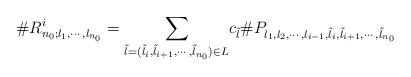
LaTeX: \begin{align*} \#R^i_{n_0;l_1,\cdots,l_{n_0}}=\underset{\tilde{l}=(\tilde{l}_{i},\tilde{l}_{i+1},\cdots,\tilde{l}_{n_0})\in L}{\sum} c_{\tilde{l}}\#P_{l_1,l_2,\cdots,l_{i-1},\tilde{l}_i,\tilde{l}_{i+1},\cdots,\tilde{l}_{n_0}}\end{align*}